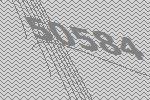
50584